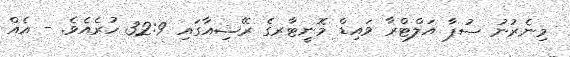
މިނެރުނު ސުޕާ އަލްޓްރާ ވައިޑް މޮނީޓާރގެ ރޭޝިއާގައި 32:9 ހުރެއެވެ. - އެއް